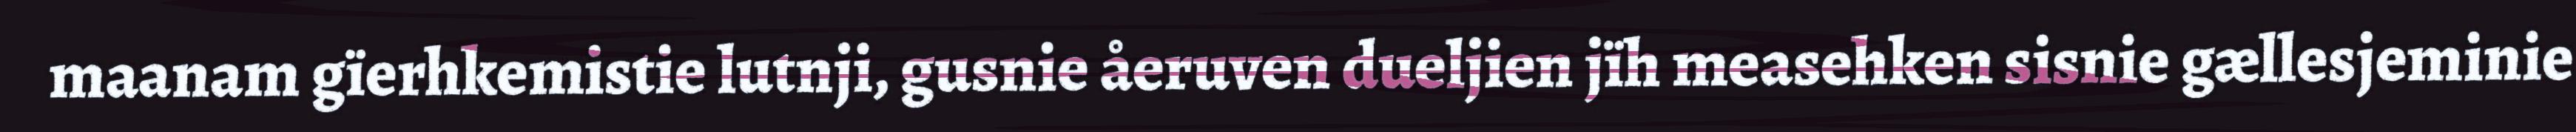
maanam gïerhkemistie lutnji, gusnie åeruven dueljien jïh measehken sisnie gællesjeminie